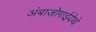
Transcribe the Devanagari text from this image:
अंबाजोगाईयेथे